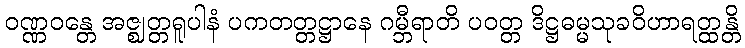
ဝဏ္ဏဝန္တေ အဇ္ဈတ္တရူပါနံ ပကတတ္တဋ္ဌာနေ ဂမ္ဘီရာတိ ပဝတ္တ ဒိဋ္ဌဓမ္မသုခဝိဟာရတ္ထန္တိ